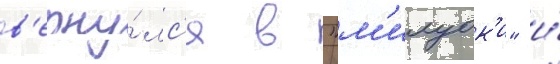
в'ерну́лс'я в "м'илуок'и" и́